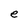
Character: e